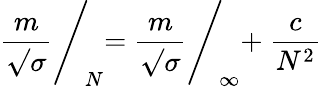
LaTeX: {\frac{m}{\surd\sigma}}\Biggl/_{\! N}={\frac{m}{\surd\sigma}}\Biggl/_{\! \infty}+\ {\frac{c}{N^{2}}}